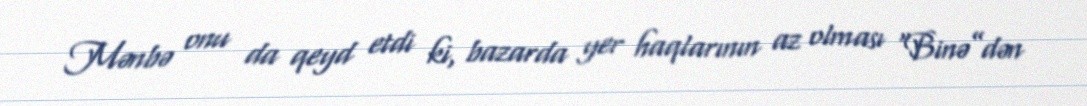
Mənbə onu da qeyd etdi ki, bazarda yer haqlarının az olması “Binə”dən